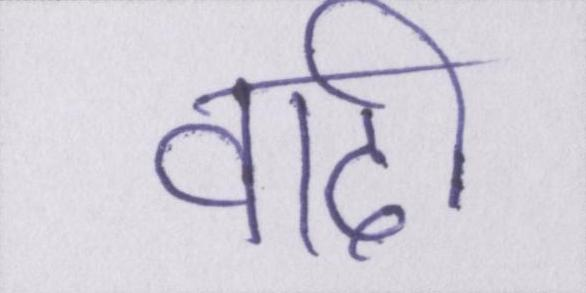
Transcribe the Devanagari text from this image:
वादी